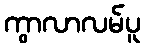
ကွာလာလမ်ပူ